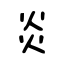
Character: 炎